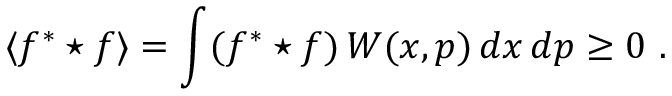
\langle f ^ { * } \star f \rangle = \int ( f ^ { * } \star f ) \, W ( x , p ) \, d x \, d p \geq 0 ~ .